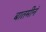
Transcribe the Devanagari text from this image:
बातमीनं